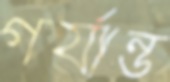
গর্যান্ড